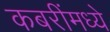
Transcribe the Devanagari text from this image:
कबरींमध्ये